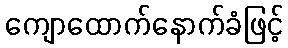
ကျောထောက်နောက်ခံဖြင့်